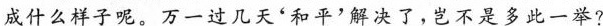
成什么样子呢。万一过几天‘和平’解决了，岂不是多此一举?